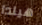
هيلدا